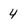
Character: 4